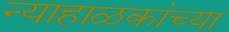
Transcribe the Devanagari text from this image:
न्याहाळकांच्या